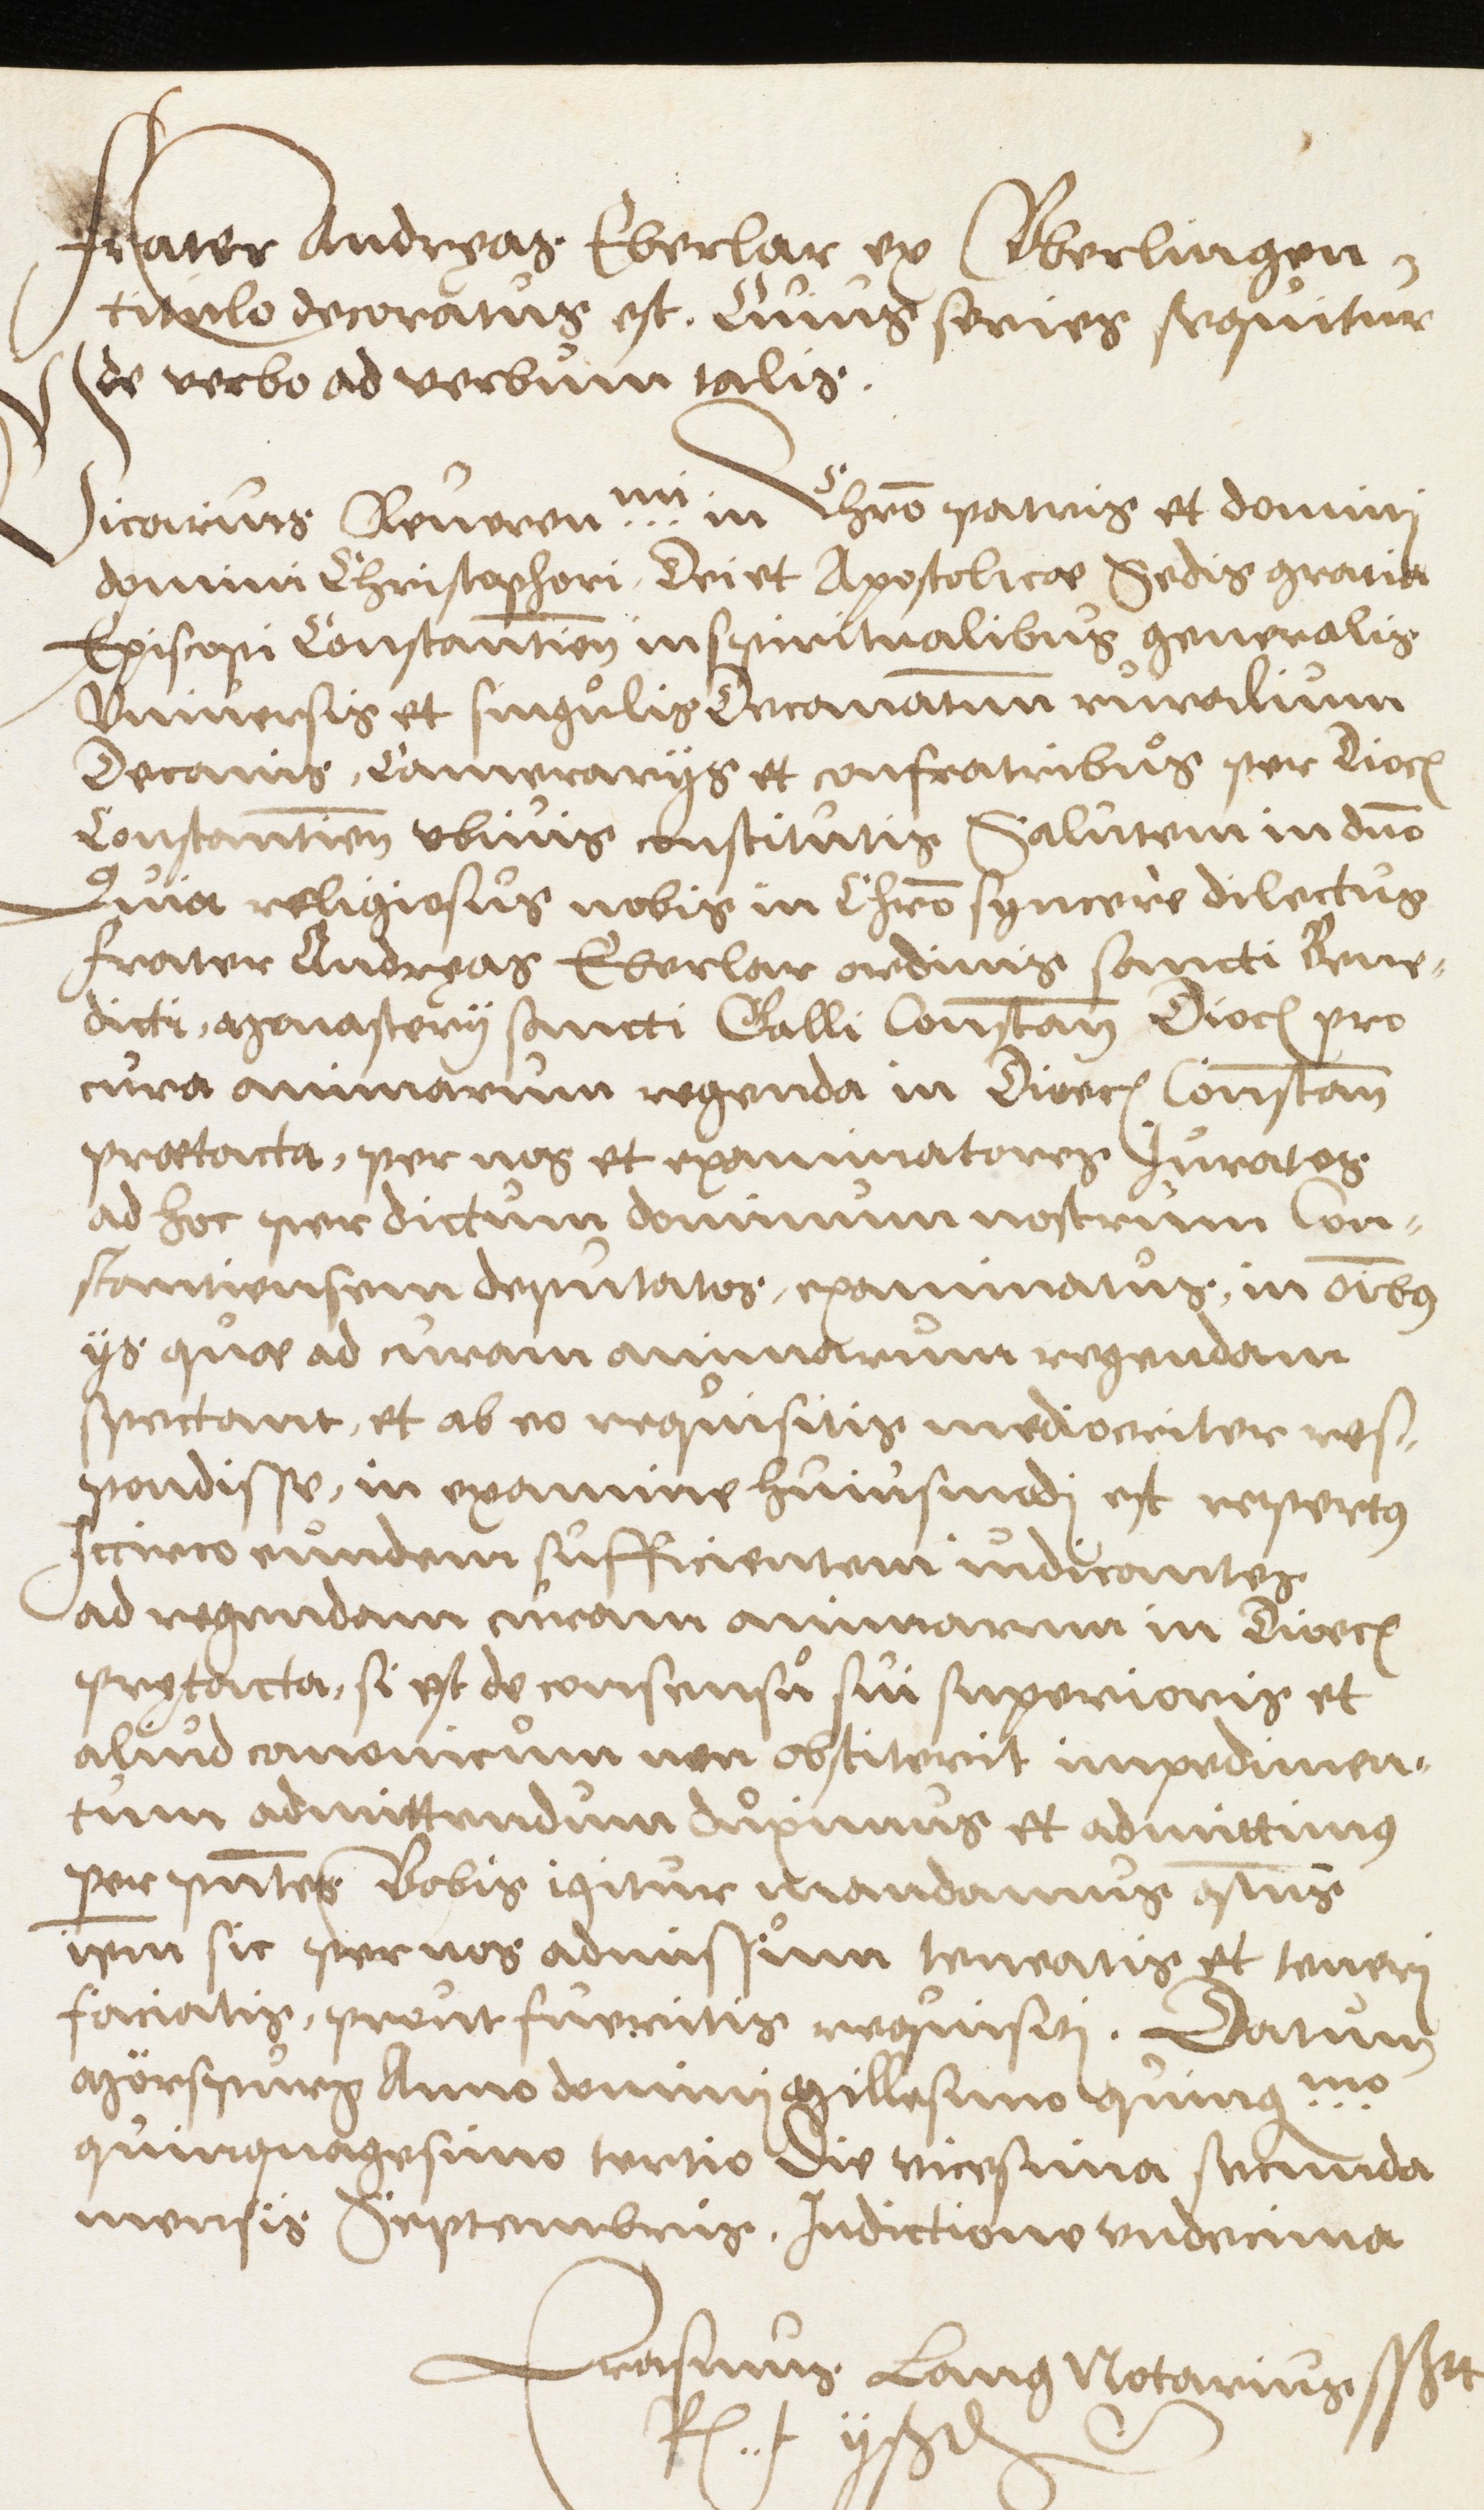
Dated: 1500–1599